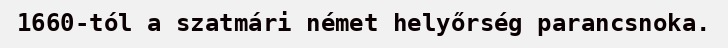
1660-tól a szatmári német helyőrség parancsnoka.